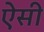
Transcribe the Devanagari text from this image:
ऐेसी